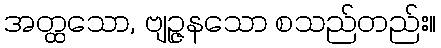
အတ္ထသော, ဗျဉ္ဇနသော စသည်တည်း။